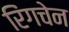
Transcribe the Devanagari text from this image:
रिंगचेन